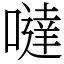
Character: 噠